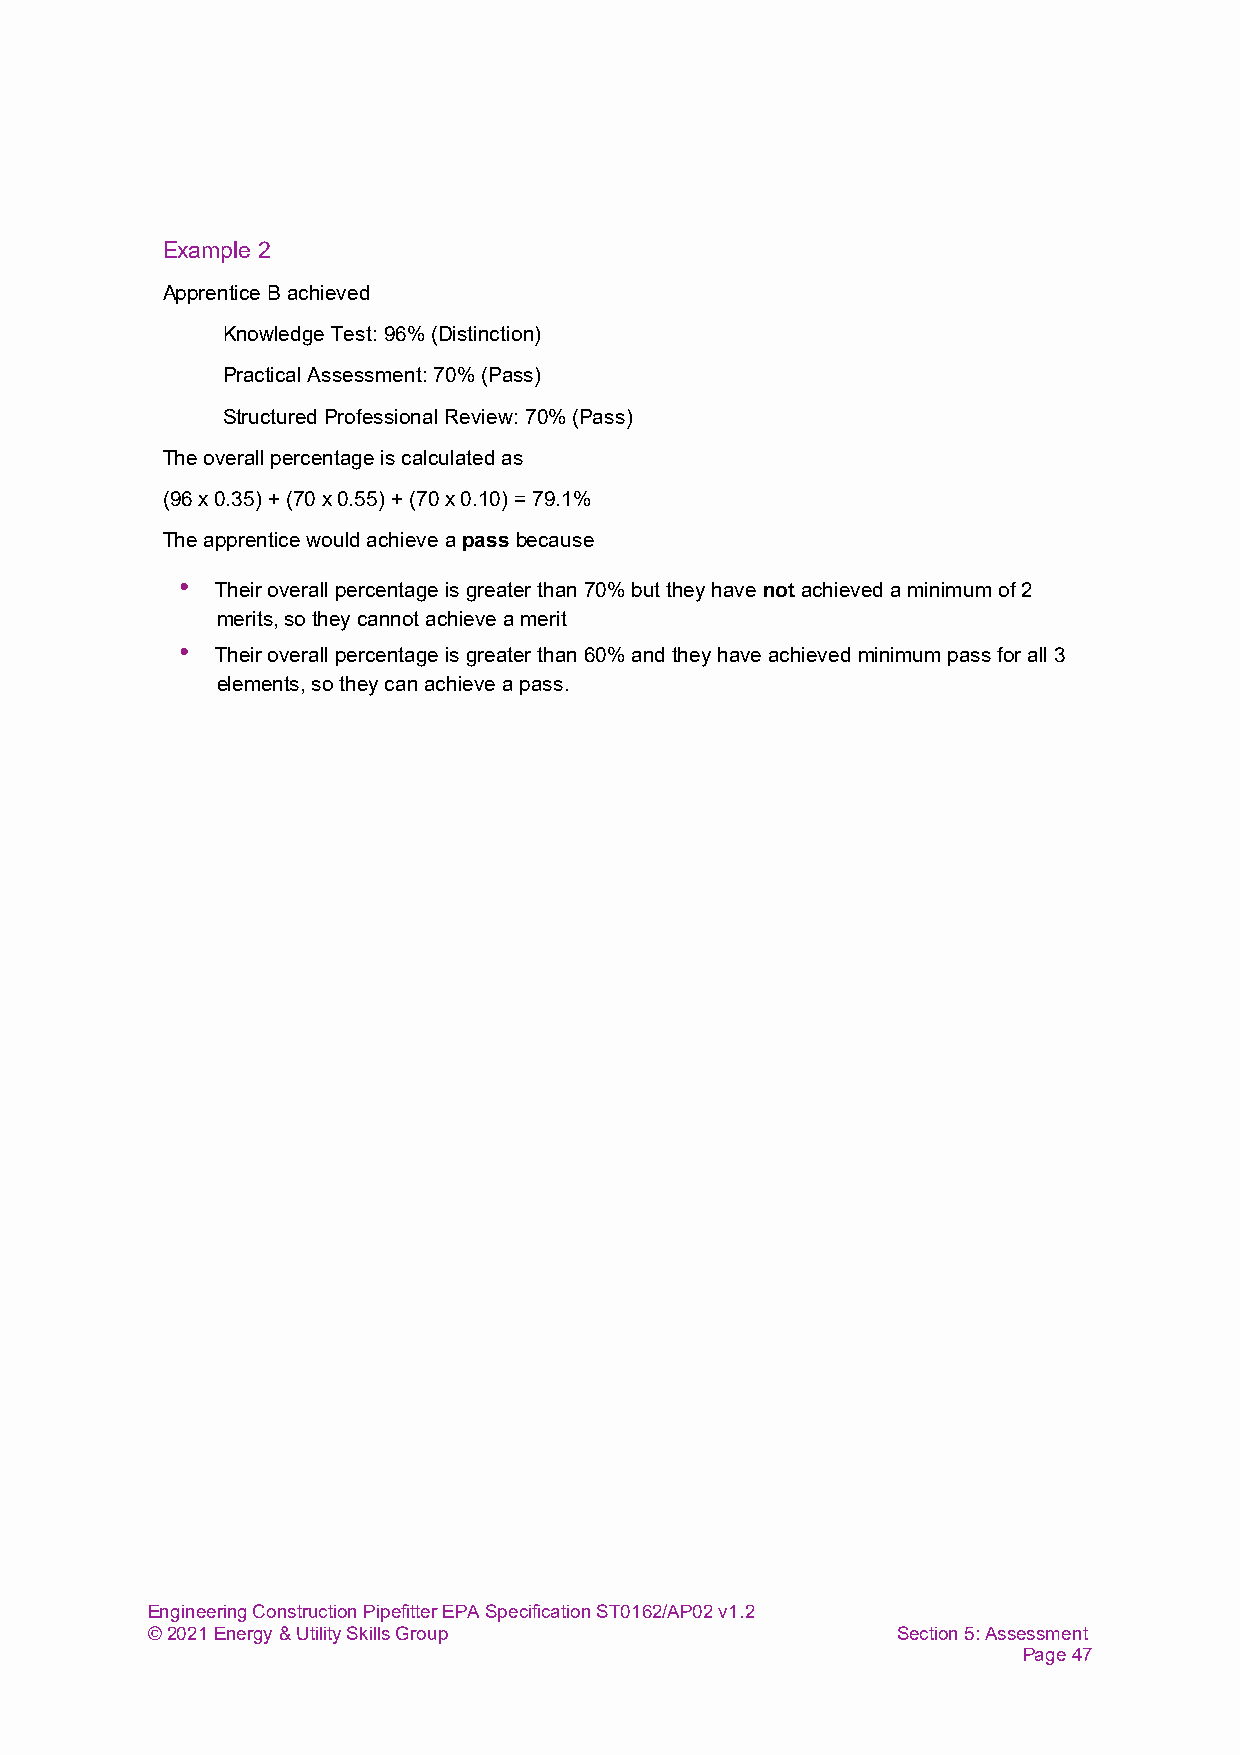
Example 2
 Apprentice B achieved
 Knowledge Test: 96% (Distinction)
 Practical Assessment: 70% (Pass)
 Structured Professional Review: 70% (Pass)
 The overall percentage is calculated as
 (96 x 0.35) + (70 x 0.55) + (70 x 0.10) = 79.1%
 The apprentice would achieve a pass because
 • Their overall percentage is greater than 70% but they have not achieved a minimum of 2
 merits, so they cannot achieve a merit
 • Their overall percentage is greater than 60% and they have achieved minimum pass for all 3
 elements, so they can achieve a pass.
 Engineering Construction Pipefitter EPA Specification ST0162/AP02 v1.2
 © 2021 Energy & Utility Skills Group             Section 5: Assessment
 Page 47